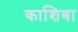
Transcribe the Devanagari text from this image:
काशिबा